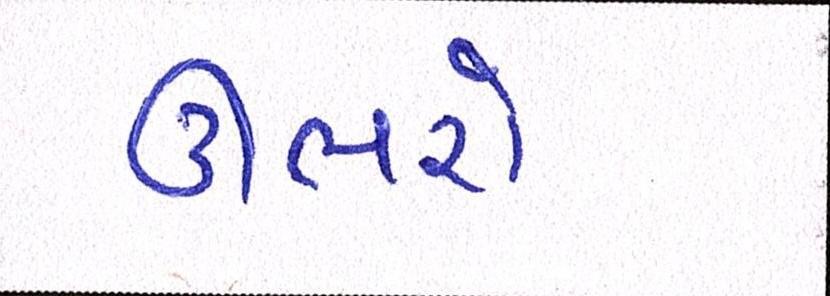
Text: ઊભરો